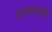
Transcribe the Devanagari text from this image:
प्रभागजी